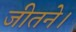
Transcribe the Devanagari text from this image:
जीतने।